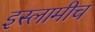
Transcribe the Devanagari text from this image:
इस्लामीच